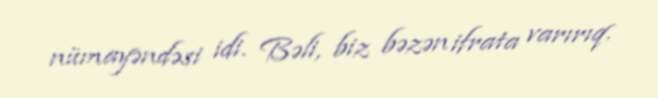
nümayəndəsi idi. Bəli, biz bəzən ifrata varırıq.